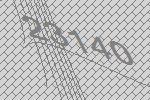
23140